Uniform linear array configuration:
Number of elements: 48
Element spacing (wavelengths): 0.75
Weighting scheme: exponential
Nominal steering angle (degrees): -45
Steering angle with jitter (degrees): -44.749
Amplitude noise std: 0.05
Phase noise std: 0.05

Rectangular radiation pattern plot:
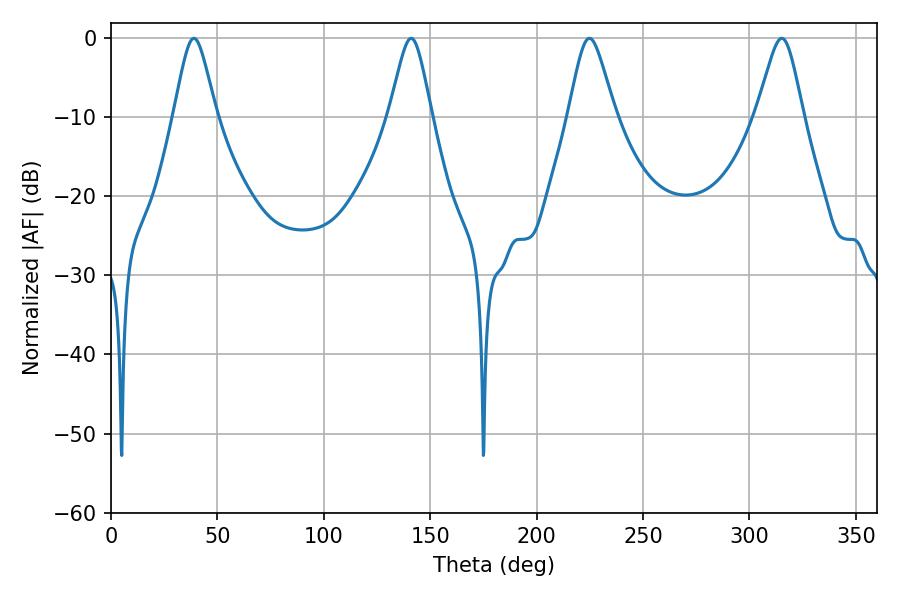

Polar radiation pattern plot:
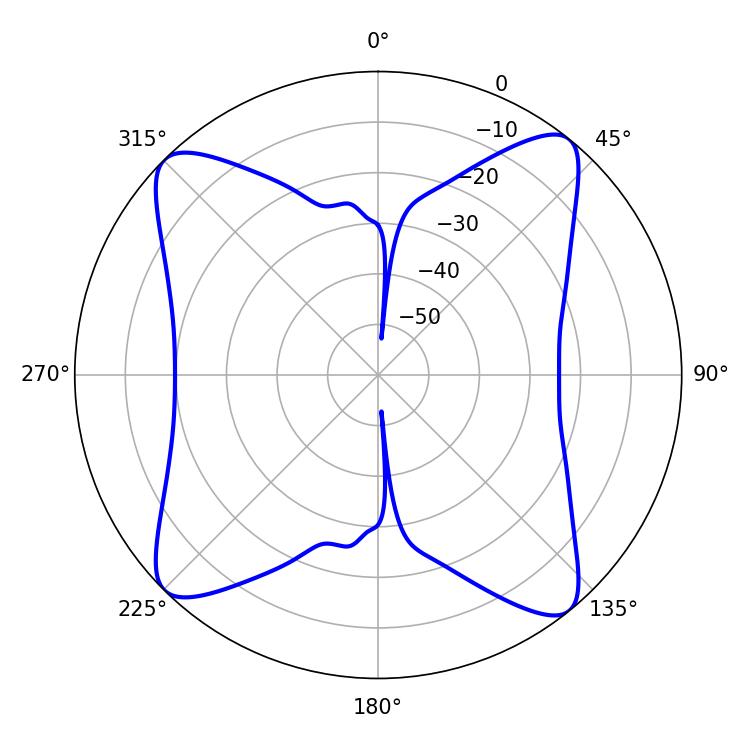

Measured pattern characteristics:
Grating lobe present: TRUE
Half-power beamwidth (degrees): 10.62
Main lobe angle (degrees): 315.18